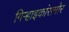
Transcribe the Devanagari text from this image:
गिऱ्हाइकांसमोर